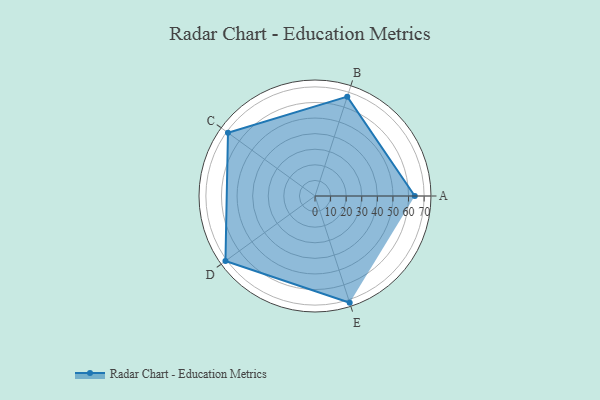
{"axis": {"x": "Skill", "y": "Score"}, "legend": ["Profile"], "data": [{"x": "A", "y": 64.0, "type": "Profile"}, {"x": "B", "y": 67.0, "type": "Profile"}, {"x": "C", "y": 69.0, "type": "Profile"}, {"x": "D", "y": 71.0, "type": "Profile"}, {"x": "E", "y": 72.0, "type": "Profile"}]}